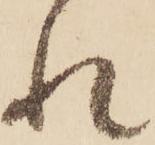
れ